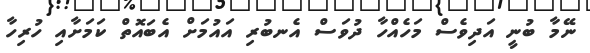
ނޭމާ ބުނީ އަދިވެސް މަހެއްހާ ދުވަސް އެނބުރި އައުމަށް އެބައޮތް ކަމަށާއި ހުރިހާ